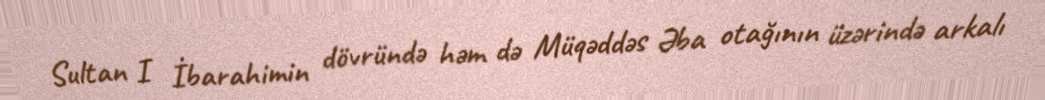
Sultan I İbarahimin dövründə həm də Müqəddəs Əba otağının üzərində arkalı